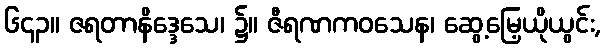
၆၄၃။ ဇရတာနိဒ္ဒေသေ၊ ၌။ ဇီရဏကဝသေန၊ ဆွေ့မြေ့ယိုယွင်း,